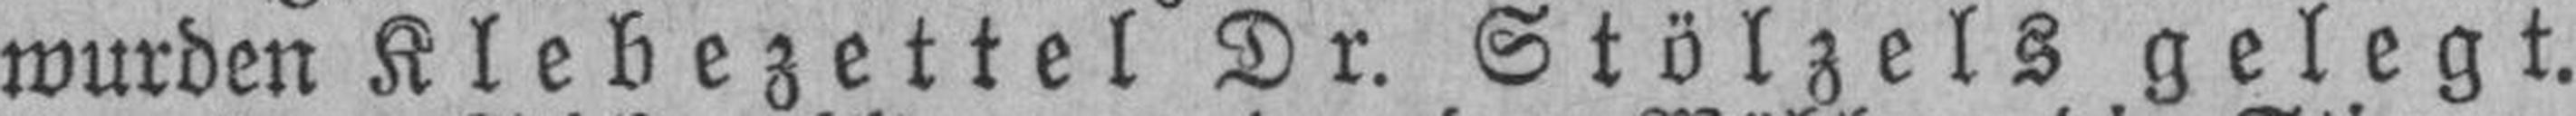
wurden Klebezettel Dr. Stölzels gelegt.